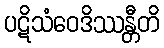
ပဋိသံဝေဒိဿန္တီတိ